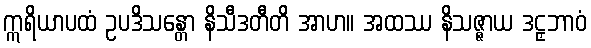
ဣရိယာပထံ ဥပဒိသန္တော နိသီဒတီတိ အာဟ။ အထဿ နိသဇ္ဇာယ ဒဠှဘာဝံ